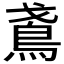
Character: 𬷁